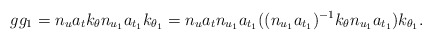
\begin{align*}gg_1 = n_u a_t k_\theta n_{u_1} a_{t_1}k_{\theta_1} = n_u a_t n_{u_1} a_{t_1} ((n_{u_1} a_{t_1})^{-1} k_\theta n_{u_1} a_{t_1}) k_{\theta_1}.\end{align*}